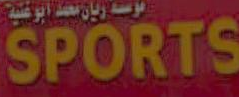
SPORTS